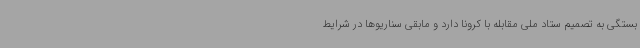
بستگی به تصمیم ستاد ملی مقابله با کرونا دارد و مابقی سناریوها در شرایط